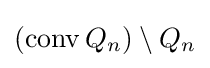
(\operatorname {conv} Q_{n})\setminus Q_{n}